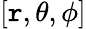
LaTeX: [\mathtt{r},\theta,\phi]